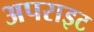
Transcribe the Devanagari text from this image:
अपराइट